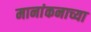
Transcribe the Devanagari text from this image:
मानांकनाच्या